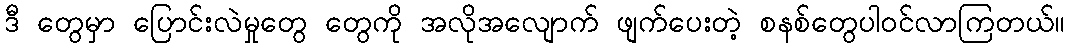
ဒီ တွေမှာ ပြောင်းလဲမှုတွေ တွေကို အလိုအလျောက် ဖျက်ပေးတဲ့ စနစ်တွေပါဝင်လာကြတယ်။